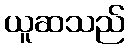
ယူဆသည်